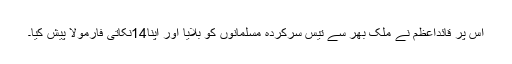
اس پر قائداعظم نے ملک بھر سے تیس سرکردہ مسلمانوں کو بلایا اور اپنا14نکاتی فارمولا پیش کیا۔